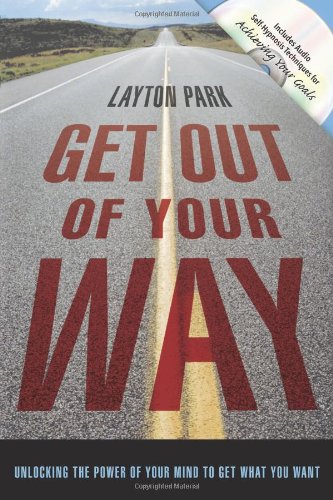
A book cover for Get Out of Your Way: Unlocking the Power of Your Mind to Get What You Want; Layton Park; Self-Help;